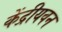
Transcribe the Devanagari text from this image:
केंद्रीयवन